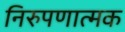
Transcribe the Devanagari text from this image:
निरुपणात्मक